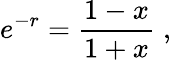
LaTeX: e^{-r}=\frac{1-x}{1+x}\; ,